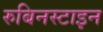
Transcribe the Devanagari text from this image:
रुबिनस्टाइन